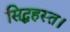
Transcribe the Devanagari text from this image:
सिद्धहस्त।